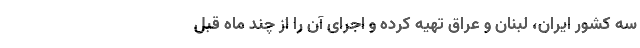
سه کشور ایران، لبنان و عراق تهیه کرده و اجرای آن را از چند ماه قبل